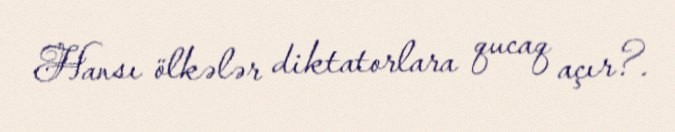
Hansı ölkələr diktatorlara qucaq açır?.